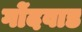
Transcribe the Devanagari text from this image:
गोंदवाड